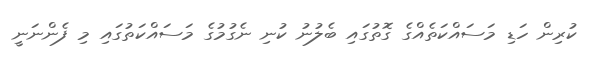
ކުރިން ހަޑި މަސައްކަތެއްގެ ގޮތުގައި ބެލުނު ކުނި ނެގުމުގެ މަސައްކަތުގައި މި ފެންނަނީ